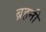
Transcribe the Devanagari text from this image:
ब्रहनी